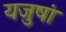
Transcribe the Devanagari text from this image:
यजुषां